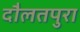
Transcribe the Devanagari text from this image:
दौलतपुरा